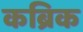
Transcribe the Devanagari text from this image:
कब्रिक